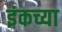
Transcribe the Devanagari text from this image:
इंकच्या